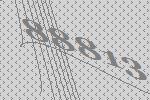
88813